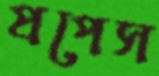
প্রপেস